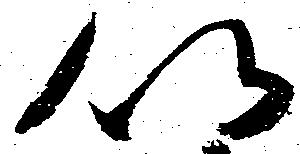
以